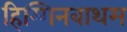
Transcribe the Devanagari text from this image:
हिग्गिनबाथम